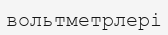
вольтметрлері